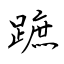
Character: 蹠